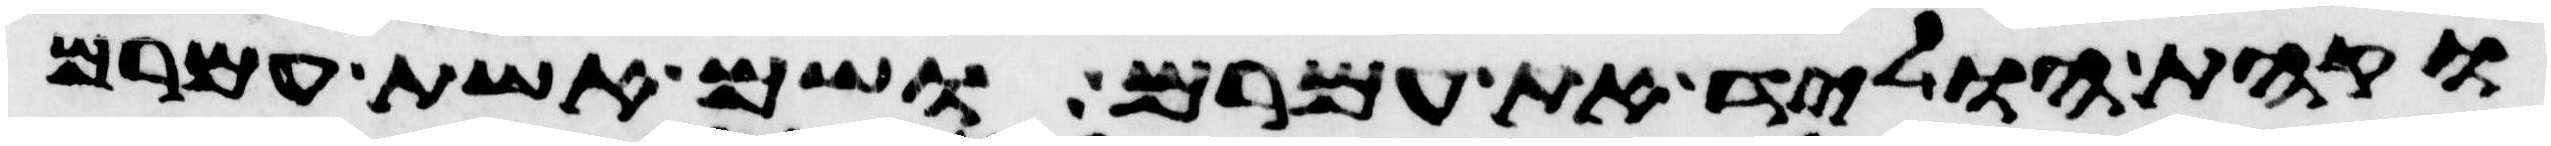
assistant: וקהת הוליד את עמרם ושם אשת עמרם